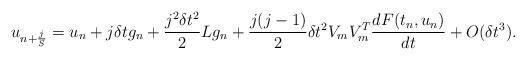
LaTeX: \begin{align*}u_{n+\frac{j}{S}} =u_{n} + j\delta t g_n + \frac{j^2 \delta t^2}{2}Lg_n + \frac{j(j-1)}{2}\delta t^2 V_mV_m^T \frac{dF(t_n, u_n)}{dt} + O(\delta t^3).\end{align*}